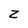
Character: z